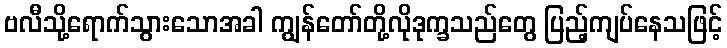
ဗလီသို့ရောက်သွားသောအခါ ကျွန်တော်တို့လိုဒုက္ခသည်တွေ ပြည့်ကျပ်နေသဖြင့်